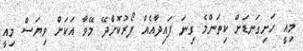
މިއީ ހަށިގަނޑަށް ކިތަންމެ ގިނަ ފައިދާއެއް ފޯރުކޮށްދޭ މޭވާ އަކަށް ވިޔަސް މިއީ